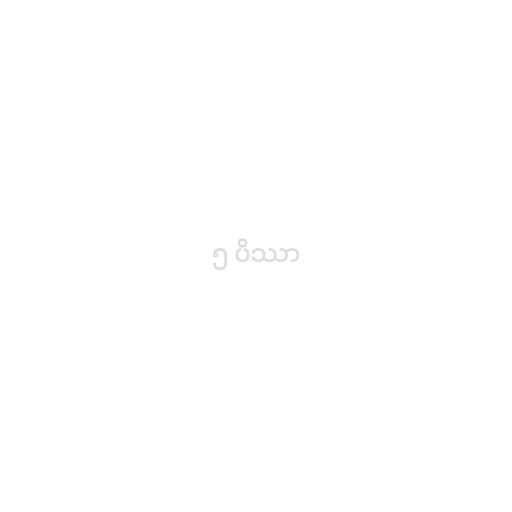
၅ ပိဿာ